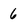
Character: 6